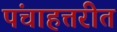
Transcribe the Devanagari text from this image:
पंचाहत्तरीत